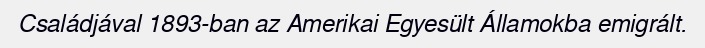
Családjával 1893-ban az Amerikai Egyesült Államokba emigrált.